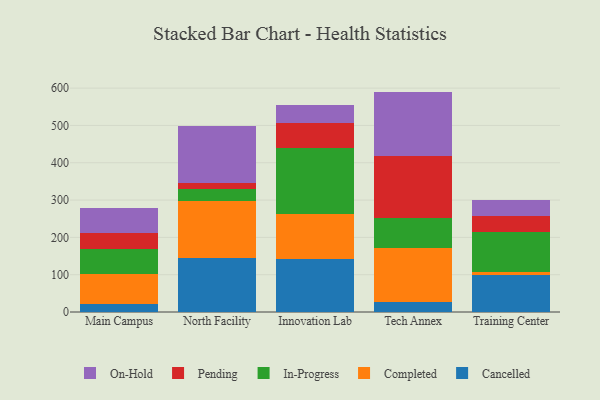
{"axis": {"x": "Campus", "y": "Shipments"}, "legend": ["Cancelled", "Completed", "In-Progress", "On-Hold", "Pending"], "data": [{"x": "Main Campus", "y": 22.6, "type": "Cancelled"}, {"x": "Main Campus", "y": 80.2, "type": "Completed"}, {"x": "Main Campus", "y": 66.5, "type": "In-Progress"}, {"x": "Main Campus", "y": 43.0, "type": "Pending"}, {"x": "Main Campus", "y": 67.0, "type": "On-Hold"}, {"x": "North Facility", "y": 143.7, "type": "Cancelled"}, {"x": "North Facility", "y": 154.2, "type": "Completed"}, {"x": "North Facility", "y": 32.5, "type": "In-Progress"}, {"x": "North Facility", "y": 16.4, "type": "Pending"}, {"x": "North Facility", "y": 151.2, "type": "On-Hold"}, {"x": "Innovation Lab", "y": 142.7, "type": "Cancelled"}, {"x": "Innovation Lab", "y": 120.3, "type": "Completed"}, {"x": "Innovation Lab", "y": 175.3, "type": "In-Progress"}, {"x": "Innovation Lab", "y": 69.0, "type": "Pending"}, {"x": "Innovation Lab", "y": 47.8, "type": "On-Hold"}, {"x": "Tech Annex", "y": 26.7, "type": "Cancelled"}, {"x": "Tech Annex", "y": 143.7, "type": "Completed"}, {"x": "Tech Annex", "y": 80.3, "type": "In-Progress"}, {"x": "Tech Annex", "y": 166.4, "type": "Pending"}, {"x": "Tech Annex", "y": 173.6, "type": "On-Hold"}, {"x": "Training Center", "y": 98.5, "type": "Cancelled"}, {"x": "Training Center", "y": 9.8, "type": "Completed"}, {"x": "Training Center", "y": 105.3, "type": "In-Progress"}, {"x": "Training Center", "y": 42.7, "type": "Pending"}, {"x": "Training Center", "y": 44.4, "type": "On-Hold"}]}